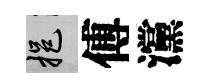
挹傅灙